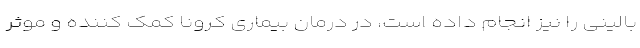
بالینی را نیز انجام داده است، در درمان بیماری کرونا کمک کننده و موثر